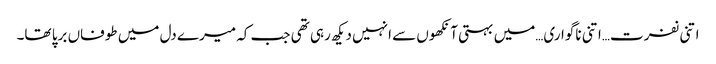
اتنی نفرت…اتنی ناگواری…میں بہتی آنکھوں سے انہیں دیکھ رہی تھی جب کہ میرے دل میں طوفاں برپا تھا۔